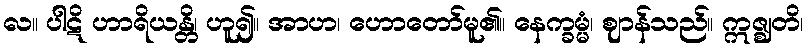
လ။ ပါဋိ ဟာရိယန္တိ၊ ဟူ၍။ အာဟ၊ ဟောတော်မူ၏။ နေက္ခမ္မံ၊ ဈာန်သည်။ ဣဇ္ဈတိ၊